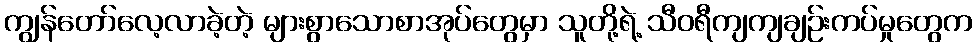
ကျွန်တော်လေ့လာခဲ့တဲ့ များစွာသောစာအုပ်တွေမှာ သူတို့ရဲ့ သီဝရီကျကျချဉ်းကပ်မှုတွေက